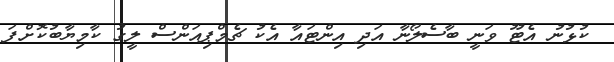
ކުޅުނު އެޓޫ ވަނީ ބާސެލޯނާ އަދި އިންޓައާ އެކު ޗެމްޕިއަންސް ލީގު ކާމިޔާބުކޮށްފަ